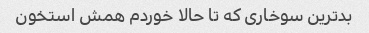
بدترین سوخاری که تا حالا خوردم همش استخون